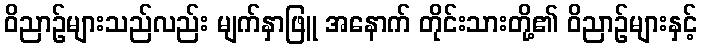
ဝိညာဉ်များသည်လည်း မျက်နှာဖြူ အနောက် တိုင်းသားတို့၏ ဝိညာဉ်များနှင့်